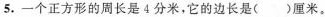
5.一个正方形的周长是4分米，它的边长是()厘米。